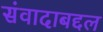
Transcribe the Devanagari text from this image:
संवादाबद्दल